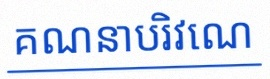
គណនាបរិវេណ